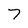
Character: 7